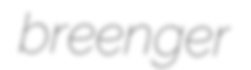
breenger